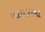
બાથરૂમના